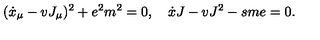
( \dot { x } _ { \mu } - v J _ { \mu } ) ^ { 2 } + e ^ { 2 } m ^ { 2 } = 0 , \quad \dot { x } J - v J ^ { 2 } - s m e = 0 .